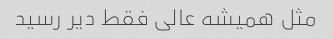
مثل همیشه عالى فقط دیر رسید